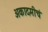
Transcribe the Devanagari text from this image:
अकादमीचं